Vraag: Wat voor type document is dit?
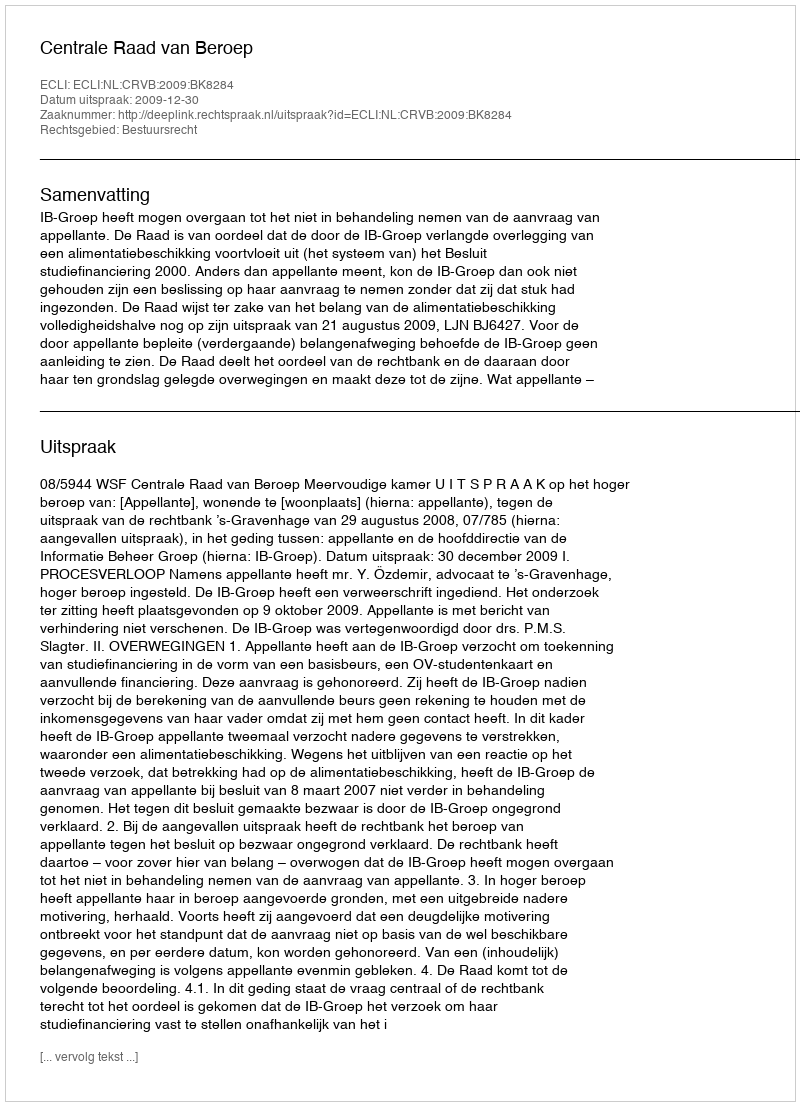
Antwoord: Uitspraak